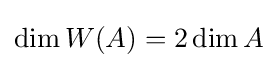
\dim W(A)=2\dim A